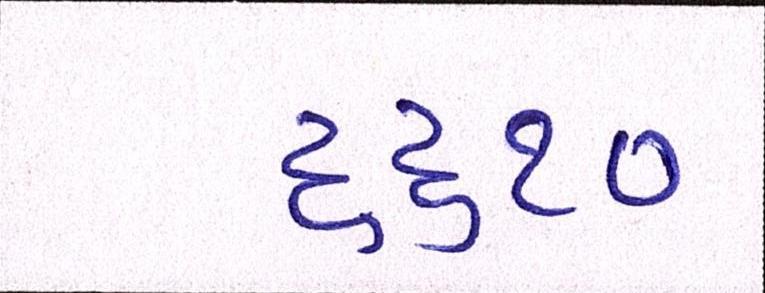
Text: ૬૬૧૦